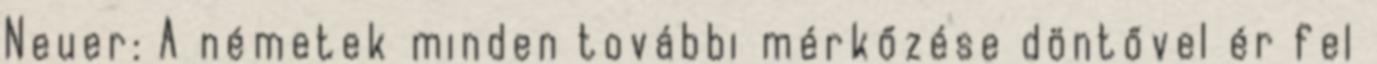
Neuer: A németek minden további mérkőzése döntővel ér fel